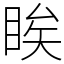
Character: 䀵